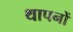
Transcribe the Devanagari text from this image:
थापनों